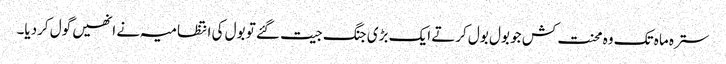
سترہ ماہ تک وہ محنت کش جو بول بول کرتے ایک بڑی جنگ جیت گئے تو بول کی انتظامیہ نے انھیں گول کردیا۔